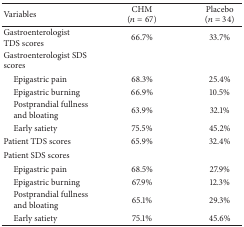
<table><thead><tr><td><b>Variables</b></td><td><b>CHM (<i>n</i> = 67)</b></td><td><b>Placebo (<i>n</i> = 34)</b></td></tr></thead><tbody><tr><td>Gastroenterologist TDS scores</td><td> 66.7%</td><td>33.7%</td></tr><tr><td>Gastroenterologist SDS scores</td><td> </td><td> </td></tr><tr><td> Epigastric pain</td><td>68.3%</td><td>25.4%</td></tr><tr><td> Epigastric burning</td><td>66.9%</td><td>10.5%</td></tr><tr><td> Postprandial fullness and bloating</td><td>63.9%</td><td>32.1%</td></tr><tr><td> Early satiety</td><td>75.5%</td><td>45.2%</td></tr><tr><td>Patient TDS scores</td><td> 65.9%</td><td>32.4%</td></tr><tr><td>Patient SDS scores</td><td> </td><td> </td></tr><tr><td> Epigastric pain</td><td>68.5%</td><td>27.9%</td></tr><tr><td> Epigastric burning</td><td>67.9%</td><td>12.3%</td></tr><tr><td> Postprandial fullness and bloating</td><td>65.1%</td><td>29.3%</td></tr><tr><td> Early satiety</td><td>75.1%</td><td>45.6%</td></tr></tbody></table>